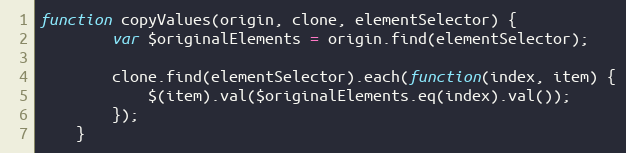
Language: JavaScript
function copyValues(origin, clone, elementSelector) {
        var $originalElements = origin.find(elementSelector);

        clone.find(elementSelector).each(function(index, item) {
            $(item).val($originalElements.eq(index).val());
        });
    }